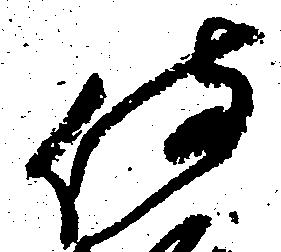
侍